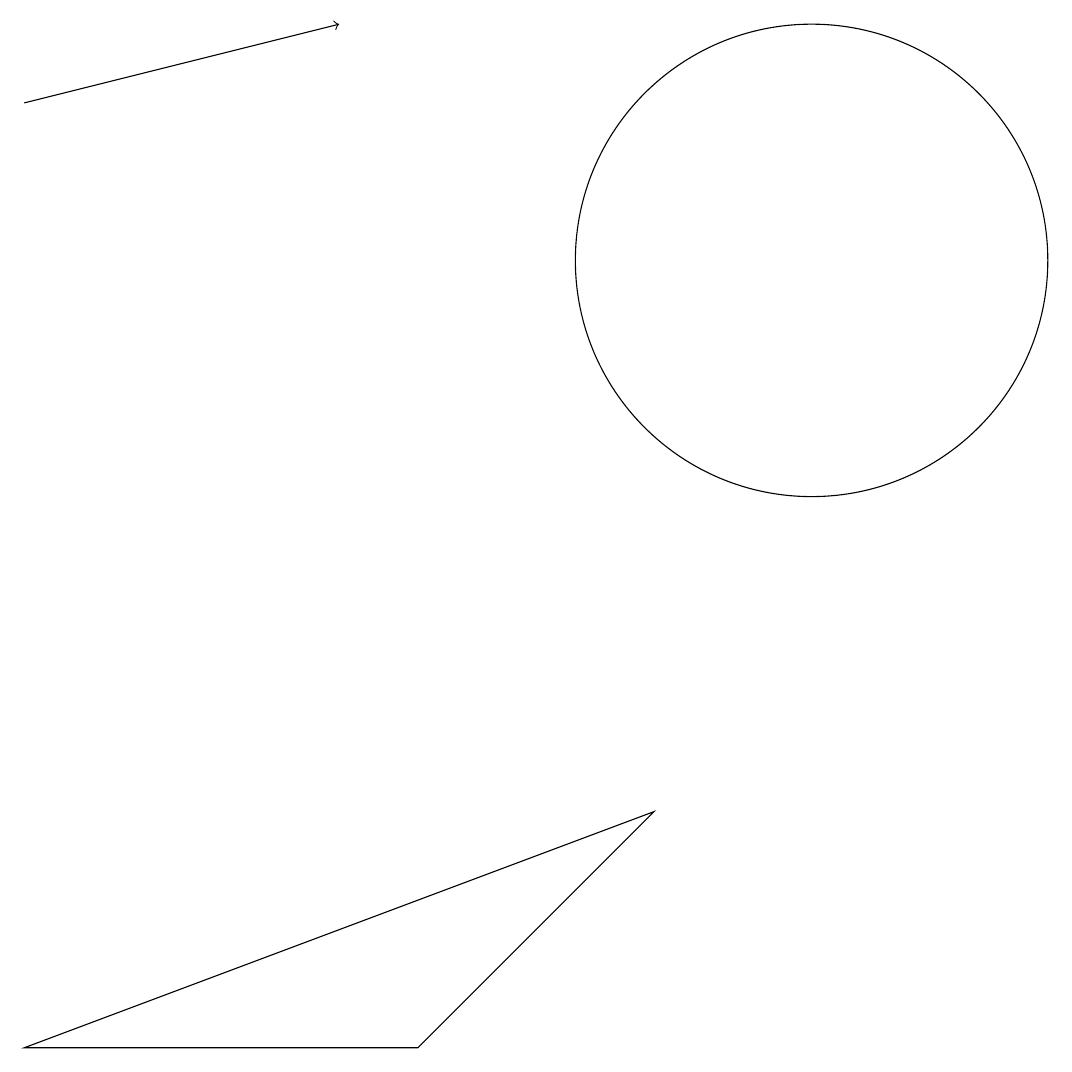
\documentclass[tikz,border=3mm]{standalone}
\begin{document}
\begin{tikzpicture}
\draw[->] (1,13) -- (5,14);
\draw (1,1) -- (9,4) -- (6,1) -- cycle;
\draw (11,11) circle (3);
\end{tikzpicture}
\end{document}